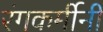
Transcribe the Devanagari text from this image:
रंगकर्मीनी